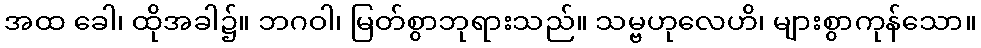
အထ ခေါ၊ ထိုအခါ၌။ ဘဂဝါ၊ မြတ်စွာဘုရားသည်။ သမ္ဗဟုလေဟိ၊ များစွာကုန်သော။